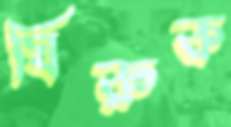
ঘিরুক